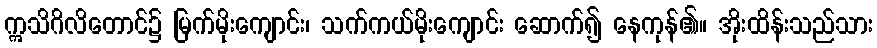
ဣသိဂိလိတောင်၌ မြက်မိုးကျောင်း၊ သက်ကယ်မိုးကျောင်း ဆောက်၍ နေကုန်၏။ အိုးထိန်းသည်သား